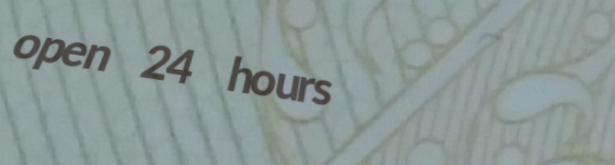
open 24 hours